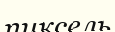
пиксель